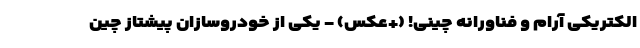
الکتریکی آرام و فناورانه چینی! (+عکس) - یکی از خودروسازان پیشتاز چین